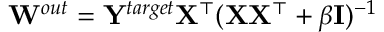
{ \bf W } ^ { o u t } = { \bf Y } ^ { t a r g e t } { \bf X ^ { \top } } ( { \bf X } { \bf X ^ { \top } } + \beta { \bf I } ) ^ { - 1 }